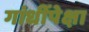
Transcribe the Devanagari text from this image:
गांधींपेक्षा